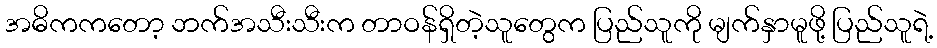
အဓိကကတော့ ဘက်အသီးသီးက တာဝန်ရှိတဲ့သူတွေက ပြည်သူကို မျက်နှာမူဖို့ ပြည်သူရဲ့